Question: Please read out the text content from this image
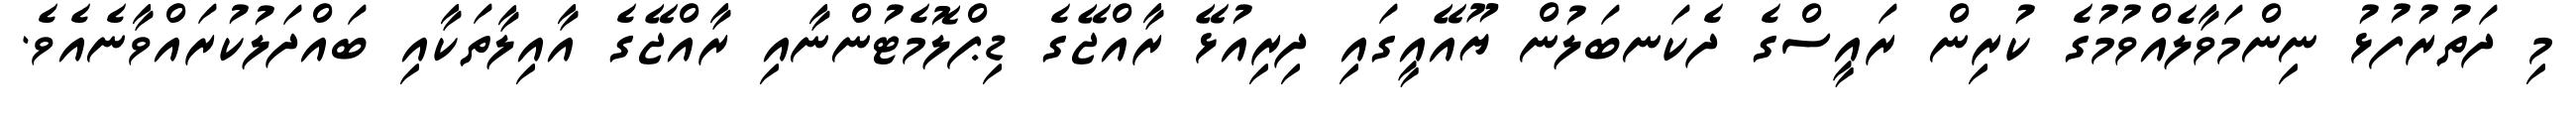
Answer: މި ދަތުރުފުޅު ނިންމަވާލެއްވުމުގެ ކުރިން ރައީސްގެ ދެކަނބަލުން ޔޫއޭއީގައި ދިރިއުޅޭ ރާއްޖޭގެ ޑިޕްލޮމެޓުންނާއި ރާއްޖޭގެ އާއިލާތަކާއި ބައްދަލުކުރައްވާނެއެވެ.